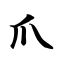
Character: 爪